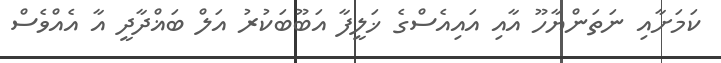
ކަމަށާއި ނަތަންޔާހޫ އާއި އައިއެސްގެ ޚަލީފާ އަބޫބަކުރު އަލް ބަޣްދާދީ އާ އެއްވެސް